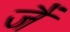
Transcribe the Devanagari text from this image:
जैं